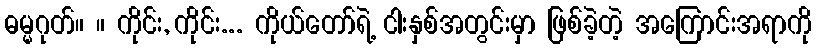
ဓမ္မဂုတ်။ ။ ကိုင်း, ကိုင်း... ကိုယ်တော်ရဲ့ ငါးနှစ်အတွင်းမှာ ဖြစ်ခဲ့တဲ့ အကြောင်းအရာကို